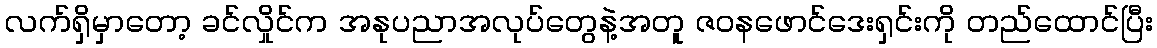
လက်ရှိမှာတော့ ခင်လှိုင်က အနုပညာအလုပ်တွေနဲ့အတူ ဇဝနဖောင်ဒေးရှင်းကို တည်ထောင်ပြီး